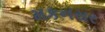
મકનસર